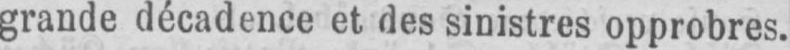
grande décadence et des sinistres opprobres.